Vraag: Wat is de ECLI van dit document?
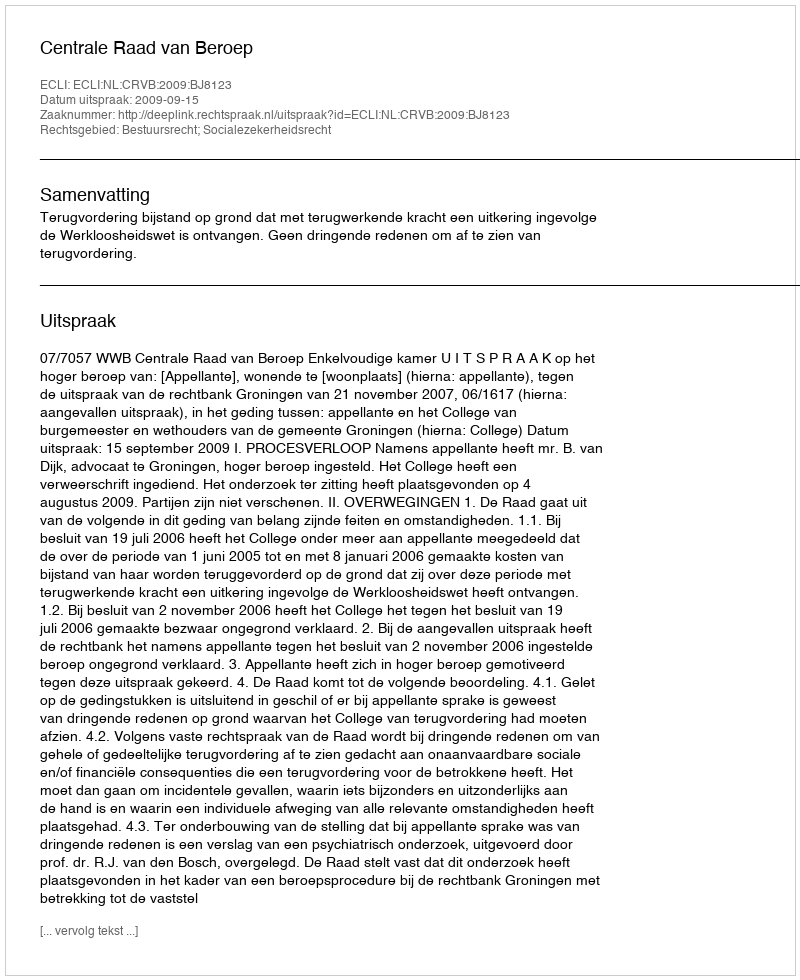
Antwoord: ECLI:NL:CRVB:2009:BJ8123